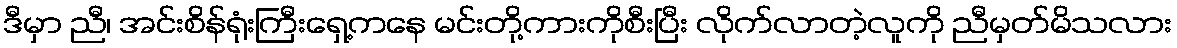
ဒီမှာ ညီ၊ အင်းစိန်ရုံးကြီးရှေ့ကနေ မင်းတို့ကားကိုစီးပြီး လိုက်လာတဲ့လူကို ညီမှတ်မိသလား